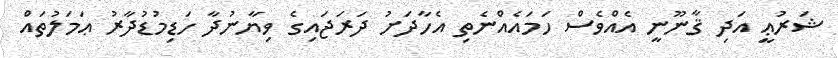
ޝަރުޢީ އަދި ޤާނޫނީ އެއްވެސް ހަމައެއްނެތި އެހާދަށު ދަރަޖައިގެ ވިޔާނުދާ ހަޑިމުޑުދާރު ޢަމަލުތައް